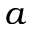
a